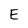
Character: E